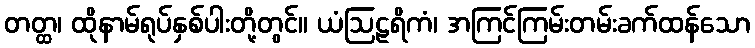
တတ္ထ၊ ထိုနာမ်ရုပ်နှစ်ပါးတို့တွင်။ ယံဩဠရိကံ၊ အကြင်ကြမ်းတမ်းခက်ထန်သော